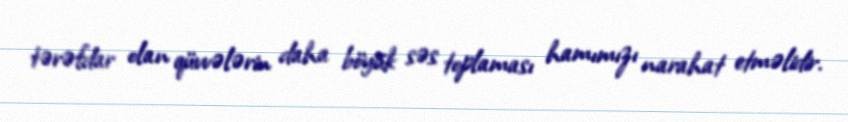
tərəfdar olan qüvvələrin daha böyük səs toplaması hamımızı narahat etməlidir.